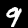
Label: 9